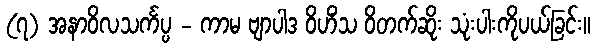
(၇) အနာဝိလသင်္ကပ္ပ - ကာမ ဗျာပါဒ ဝိဟိံသ ဝိတက်ဆိုး သုံးပါးကိုပယ်ခြင်း။